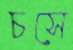
চসে